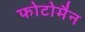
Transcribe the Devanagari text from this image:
फोटोमैन